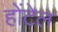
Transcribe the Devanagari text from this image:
होंटेल